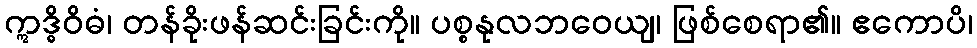
ဣဒ္ဓိဝိဓံ၊ တန်ခိုးဖန်ဆင်းခြင်းကို။ ပစ္စနုလဘဝေယျ၊ ဖြစ်စေရာ၏။ ဧကောပိ၊